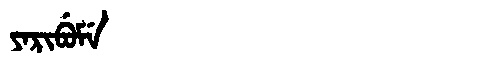
Manchu: ᠶᠠᡵᡳᠪᡠᠮᡝ
Romanization: YARIBUME